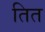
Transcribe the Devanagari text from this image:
तित